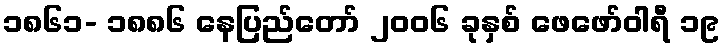
၁၈၆၁- ၁၈၈၆ နေပြည်တော် ၂၀၀၆ ခုနှစ် ဖေဖော်ဝါရီ ၁၉